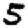
Digit: 5